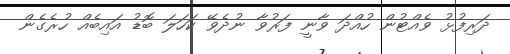
ދަރިފުޅު ވެއްޓުން ހުއްދަ ވާނީ ފަރުވާ ނުދެވޭ ކަހަލަ ބޮޑު އައިބެއް ހުރެގެން